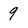
Character: 9